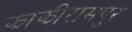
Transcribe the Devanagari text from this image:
झाझीरामपुर